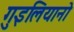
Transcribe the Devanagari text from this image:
गुइलियानो